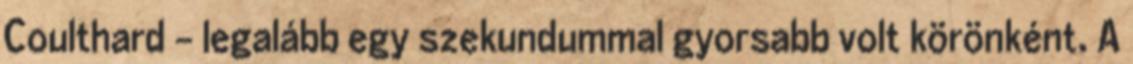
Coulthard - legalább egy szekundummal gyorsabb volt körönként. A